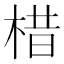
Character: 棤